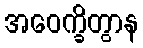
အဝေက္ခိတွာန